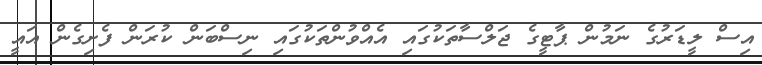
އިސް ލީޑަރުގެ ނަމުން ޕާޓީގެ ޖަލްސާތަކުގައި އެއްވުންތަކުގައި ނިސްބަން ކުރަން ފެށިގެން އައީ